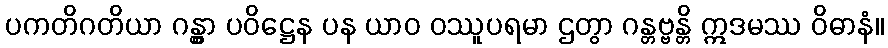
ပကတိဂတိယာ ဂန္တွာ ပဝိဋ္ဌေန ပန ယာဝ ဝဿူပရမာ ဌတွာ ဂန္တဗ္ဗန္တိ ဣဒမဿ ဝိဓာနံ။